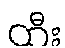
ထီး